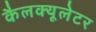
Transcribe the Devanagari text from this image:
कैलक्यूलेटर